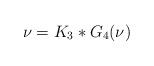
LaTeX: \begin{align*}\nu=K_3\ast G_4(\nu)\end{align*}